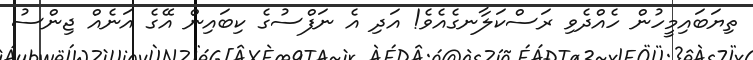
ތިޔަބައިމީހުން ހެއްދެވި ރަސްކަލާނގެއެވެ! އަދި އެ ނަފްސުގެ ކިބައިން އޭގެ އަނެއް ޖިންސު